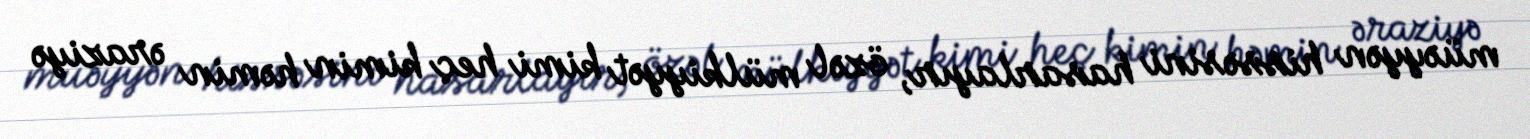
müəyyən hissəsini hasarlayır, özəl mülkiyyət kimi heç kimin həmin əraziyə